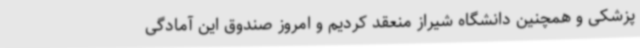
پزشکی و همچنین دانشگاه شیراز منعقد کردیم و امروز صندوق این آمادگی